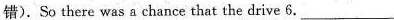
错). So there was a chance that the drive 6. ___